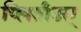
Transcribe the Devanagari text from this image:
प्लितीउस्